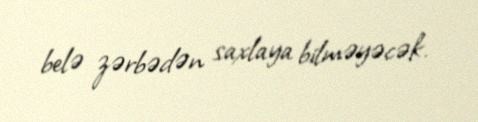
belə zərbədən saxlaya bilməyəcək.